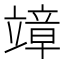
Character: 𥪮